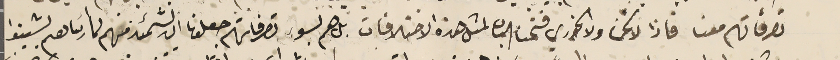
تصرفاتهم معنا فاذا لا نحن ولا الخوري فتحنا الباب لمثل هذه الاختلافات بل هم بسوء تصرفاتهم جعلونا ان نشمئذ منهم لما رئساهم يشينوا